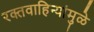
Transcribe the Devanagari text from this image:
रक्तवाहिन्यांमुळे